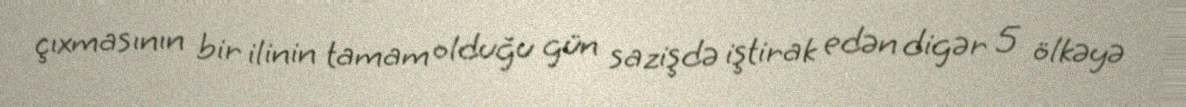
çıxmasının bir ilinin tamam olduğu gün sazişdə iştirak edən digər 5 ölkəyə